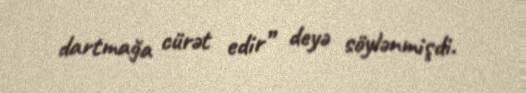
dartmağa cürət edir” deyə söylənmişdi.